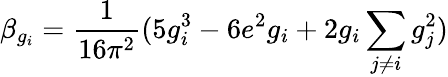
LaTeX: \beta_{g_{i}}=\frac{1}{16\pi^{2}}(5g_{i}^{3}-6e^{2}g_{i}+2g_{i}\sum_{j\neq i}g_{j}^{2})